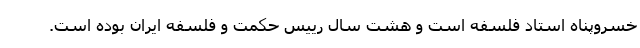
خسروپناه استاد فلسفه است و هشت سال رییس حکمت و فلسفه ایران بوده است.